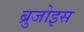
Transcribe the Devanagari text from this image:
ब्रुजोइस